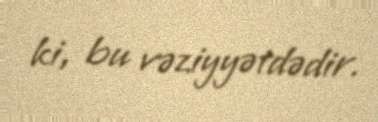
ki, bu vəziyyətdədir.